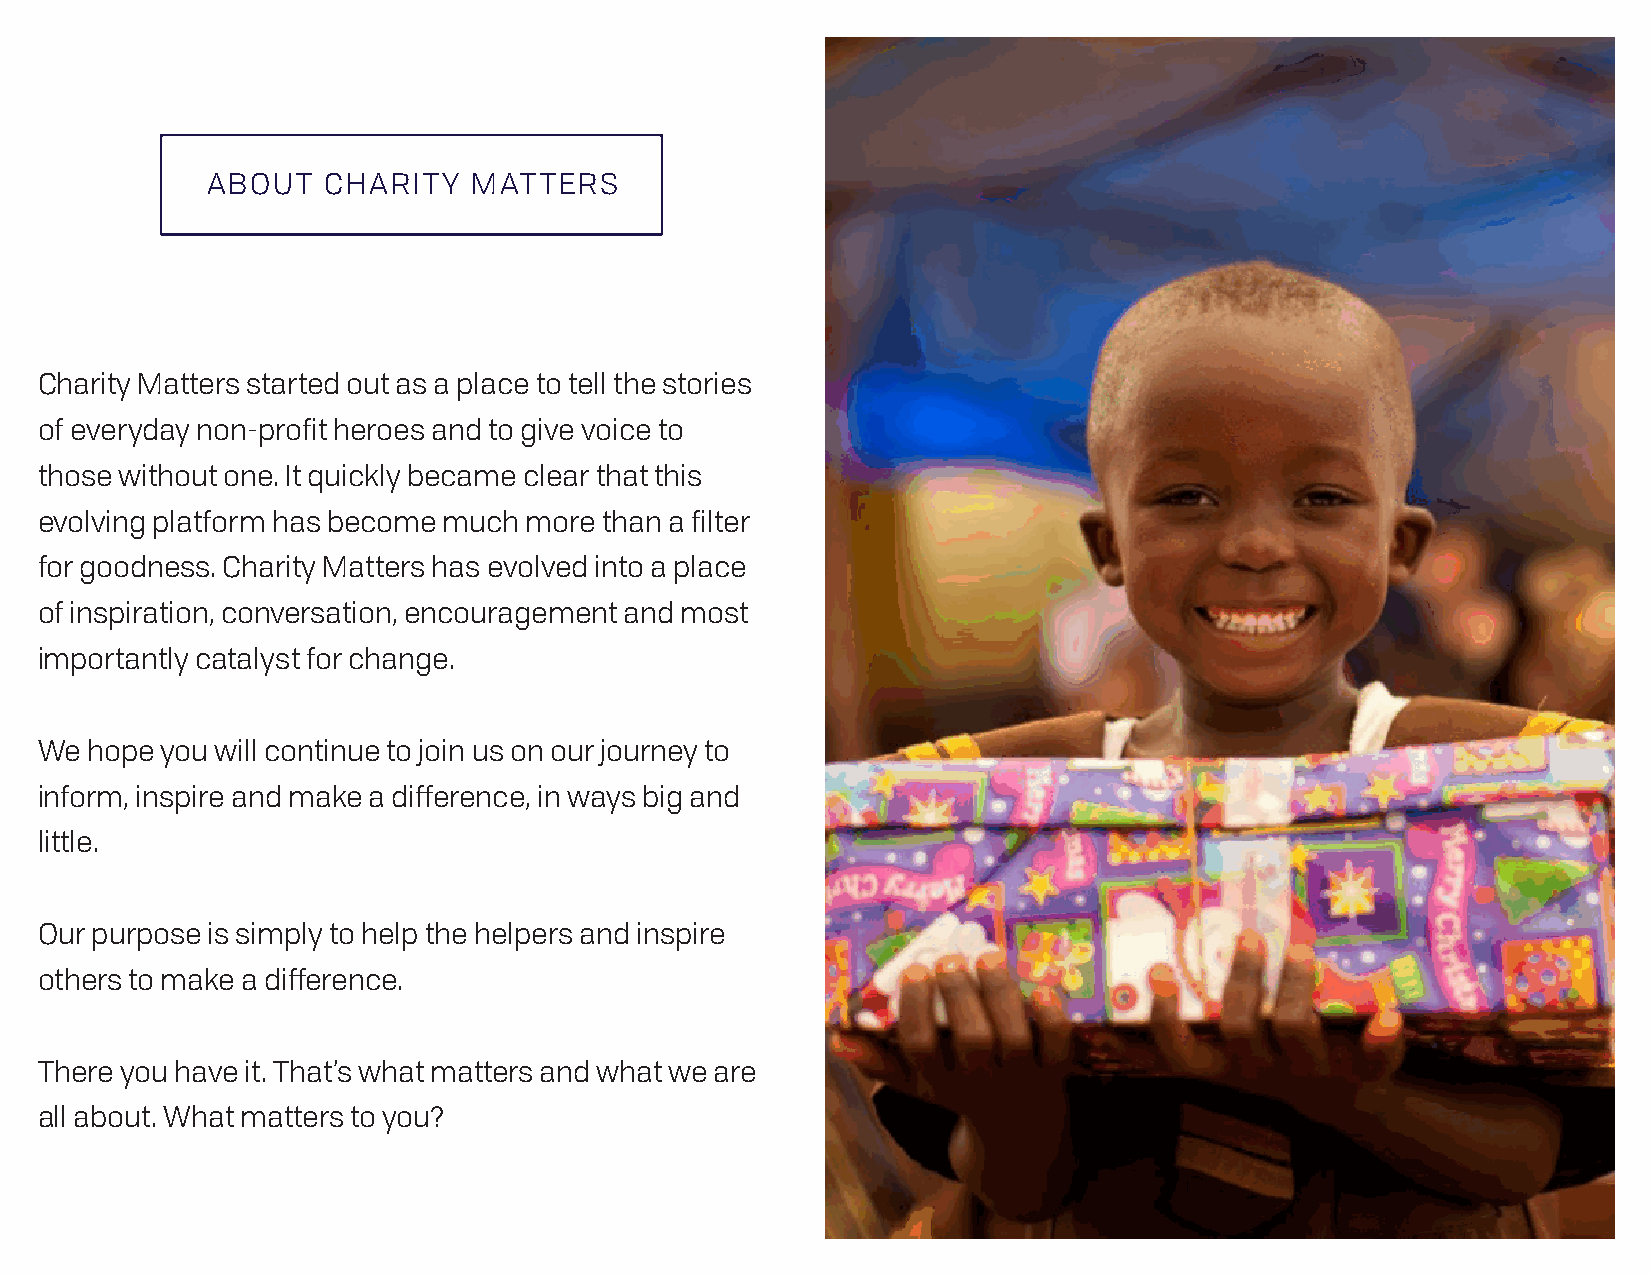
ABOUT  CHARITY   MATTERS
 Charity Matters started out as a place to tell the stories
 of everyday non-profit heroes and to give voice to
 those without one. It quickly became clear that this
 evolving platform has become much more than a filter
 for goodness. Charity Matters has evolved into a place
 of inspiration, conversation, encouragement and most
 importantly catalyst for change.
 We  hope you will continue to join us on our journey to
 inform, inspire and make a difference, in ways big and
 little.
 Our purpose is simply to help the helpers and inspire
 others to make a difference.
 There you have it. That’s what matters and what we are
 all about. What matters to you?